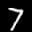
Label: 7